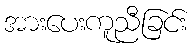
အားပေးကူညီခြင်း